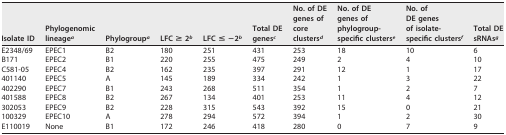
<table><thead><tr><td><b>Isolate ID</b></td><td><b>Phylogenomiclineage<sup>a</sup></b></td><td><b>Phylogroup<sup>a</sup></b></td><td><b>LFC ≥ 2<sup>b</sup></b></td><td><b>LFC ≤ −2<sup>b</sup></b></td><td><b>Total DEgenes<sup>c</sup></b></td><td><b>No. of DEgenes ofcoreclusters<sup>d</sup></b></td><td><b>No. of DEgenes ofphylogroup-specific clusters<sup>e</sup></b></td><td><b>No. ofDE genesof isolate-specific clusters<sup>f</sup></b></td><td><b>Total DEsRNAs<sup>g</sup></b></td></tr></thead><tbody><tr><td>E2348/69</td><td>EPEC1</td><td>B2</td><td>180</td><td>251</td><td>431</td><td>253</td><td>18</td><td>10</td><td>6</td></tr><tr><td>B171</td><td>EPEC2</td><td>B1</td><td>220</td><td>255</td><td>475</td><td>249</td><td>2</td><td>4</td><td>10</td></tr><tr><td>C581-05</td><td>EPEC4</td><td>B2</td><td>162</td><td>235</td><td>397</td><td>291</td><td>12</td><td>1</td><td>17</td></tr><tr><td>401140</td><td>EPEC5</td><td>A</td><td>145</td><td>189</td><td>334</td><td>242</td><td>1</td><td>3</td><td>22</td></tr><tr><td>402290</td><td>EPEC7</td><td>B1</td><td>243</td><td>268</td><td>511</td><td>354</td><td>1</td><td>2</td><td>7</td></tr><tr><td>401588</td><td>EPEC8</td><td>B2</td><td>267</td><td>134</td><td>401</td><td>253</td><td>11</td><td>4</td><td>12</td></tr><tr><td>302053</td><td>EPEC9</td><td>B2</td><td>228</td><td>315</td><td>543</td><td>392</td><td>15</td><td>0</td><td>21</td></tr><tr><td>100329</td><td>EPEC10</td><td>A</td><td>278</td><td>294</td><td>572</td><td>394</td><td>1</td><td>2</td><td>30</td></tr><tr><td>E110019</td><td>None</td><td>B1</td><td>172</td><td>246</td><td>418</td><td>280</td><td>0</td><td>7</td><td>9</td></tr></tbody></table>